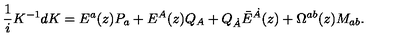
{ \frac { 1 } { i } } K ^ { - 1 } d K = E ^ { a } ( z ) P _ { a } + E ^ { A } ( z ) Q _ { A } + Q _ { \dot { A } } \bar { E } ^ { \dot { A } } ( z ) + \Omega ^ { a b } ( z ) M _ { a b } .